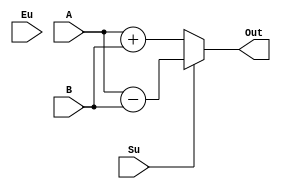
module alu(Su, Eu, A, B, Out);
	
	input Su, Eu;
	input [7:0]A;
	input [7:0]B;
	
	output [7:0]Out;
	
	assign Out = (Su) ? A - B : A + B;
	
endmodule